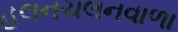
હલનચલનવાળા